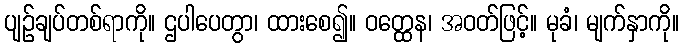
ပျဉ်ချပ်တစ်ရာကို။ ဌပါပေတွာ၊ ထားစေ၍။ ဝတ္ထေန၊ အဝတ်ဖြင့်။ မုခံ၊ မျက်နှာကို။